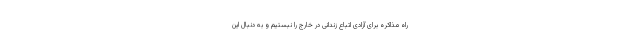
راه مذاکره برای آزادی اتباع زندانی در خارج را نبستیم و به دنبال این